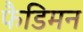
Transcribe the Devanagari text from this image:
फैडिमन